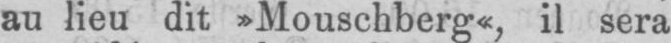
au lieu dit »Mouschberg«, il sera